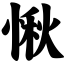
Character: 愀